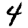
Digit: 4